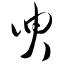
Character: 臾